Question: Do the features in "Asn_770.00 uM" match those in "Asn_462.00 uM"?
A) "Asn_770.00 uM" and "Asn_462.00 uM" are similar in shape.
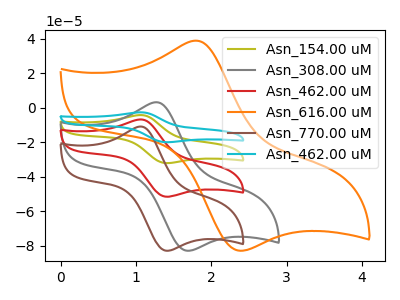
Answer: <think>The olive curve "Asn_154.00 uM" has an anodic peak at (1.05V, -13.55uA) and a cathodic peak at (1.40V, -103.25uA). The gray curve "Asn_308.00 uM" has an anodic peak at (1.30V, 3.25uA) and a cathodic peak at (1.70V, -83.00uA). The red curve "Asn_462.00 uM" has an anodic peak at (1.05V, -6.75uA) and a cathodic peak at (1.40V, -51.65uA). The orange curve "Asn_616.00 uM" has an anodic peak at (1.80V, 38.95uA) and a cathodic peak at (2.40V, -83.00uA). The brown curve "Asn_770.00 uM" has an anodic peak at (1.05V, -10.90uA) and a cathodic peak at (1.40V, -83.00uA). The cyan curve "Asn_462.00 uM" has an anodic peak at (1.05V, -20.30uA) and a cathodic peak at (1.40V, -154.90uA).
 All the peaks in "Asn_770.00 uM" have a peak in "Asn_462.00 uM" at the same potential.</think>
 <answer>A) "Asn_770.00 uM" and "Asn_462.00 uM" are similar in shape.</answer>
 <eval>A</eval>